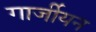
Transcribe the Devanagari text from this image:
गार्जीयन